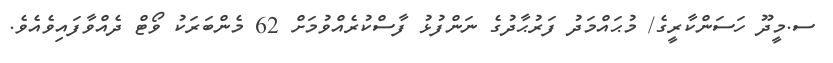
ސ.މީދޫ ހަސަންކާރީގެ/ މުޙައްމަދު ފަރުޙާދުގެ ނަންފުޅު ފާސްކުރެއްވުމަށް 62 މެންބަރަކު ވޯޓް ދެއްވާފައިވެއެވެ.